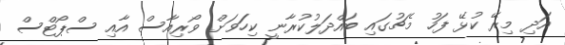
އަދި މިރޭ ކުޅޭ ފަހު މެޗުގައި ބައްދަލުކުރާނީ ކިހަަވަށް ވޯރިއާސް އާއި ސްޕޯޓްސް